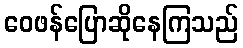
ဝေဖန်ပြောဆိုနေကြသည်